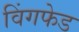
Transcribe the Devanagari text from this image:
विंगफेड